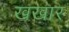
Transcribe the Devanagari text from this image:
खखार